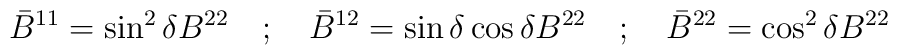
{\bar B}^{11} = \sin ^{2} \delta B^{22} \quad ; \quad{\bar B}^{12} = \sin \delta \cos \delta B^{22} \quad ; \quad{\bar B}^{22} = \cos ^{2} \delta B^{22}